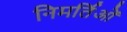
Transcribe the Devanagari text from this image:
निमर्तिओं